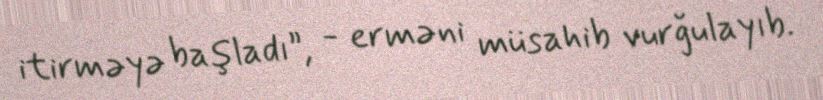
itirməyə başladı”, - erməni müsahib vurğulayıb.